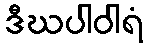
ဒီဃပါဝါရံ